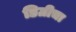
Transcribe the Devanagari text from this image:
डिग्रीचा